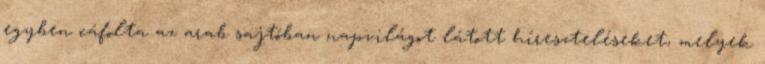
egyben cáfolta az arab sajtóban napvilágot látott híreszteléseket, melyek